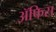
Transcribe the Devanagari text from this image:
ॲफिस